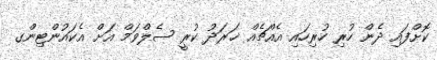
ކޮށްފައި ދެން ހުރި ހުރިހައި އެއްޗެއް ޚަރަދު ކުރީ ސެލްވަމް އަށް އެކައުންޓިންގ